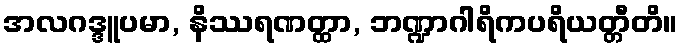
အလဂဒ္ဒူပမာ, နိဿရဏတ္ထာ, ဘဏ္ဍာဂါရိကပရိယတ္တီတိ။